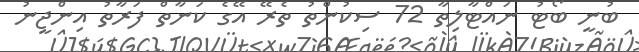
ބުނީ ބޯޓު ނައްޓާާލިތާ 72 ސިކުންތު ތެރޭ އޭގެ ކަނާތް ފަރާތު އިންޖީނު